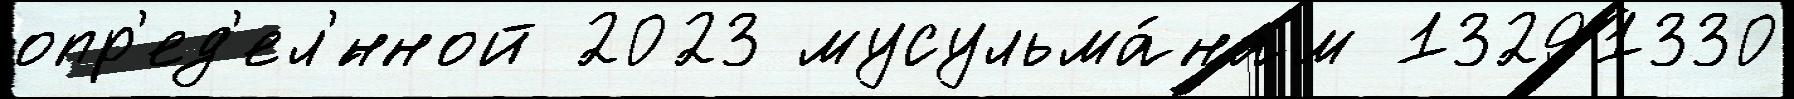
опр'ед'ел'́нной 2023 мусульма́нам 13291330